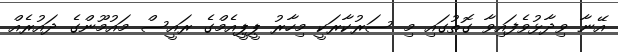
އޭނާ ވިދާޅުވެފައިވާ ގޮތުގައި މި ސަރުކާރަކީ މިހާރު ޕީޕީއެމްގެ ރައީސް މައުމޫންގެ ދައުރެއް